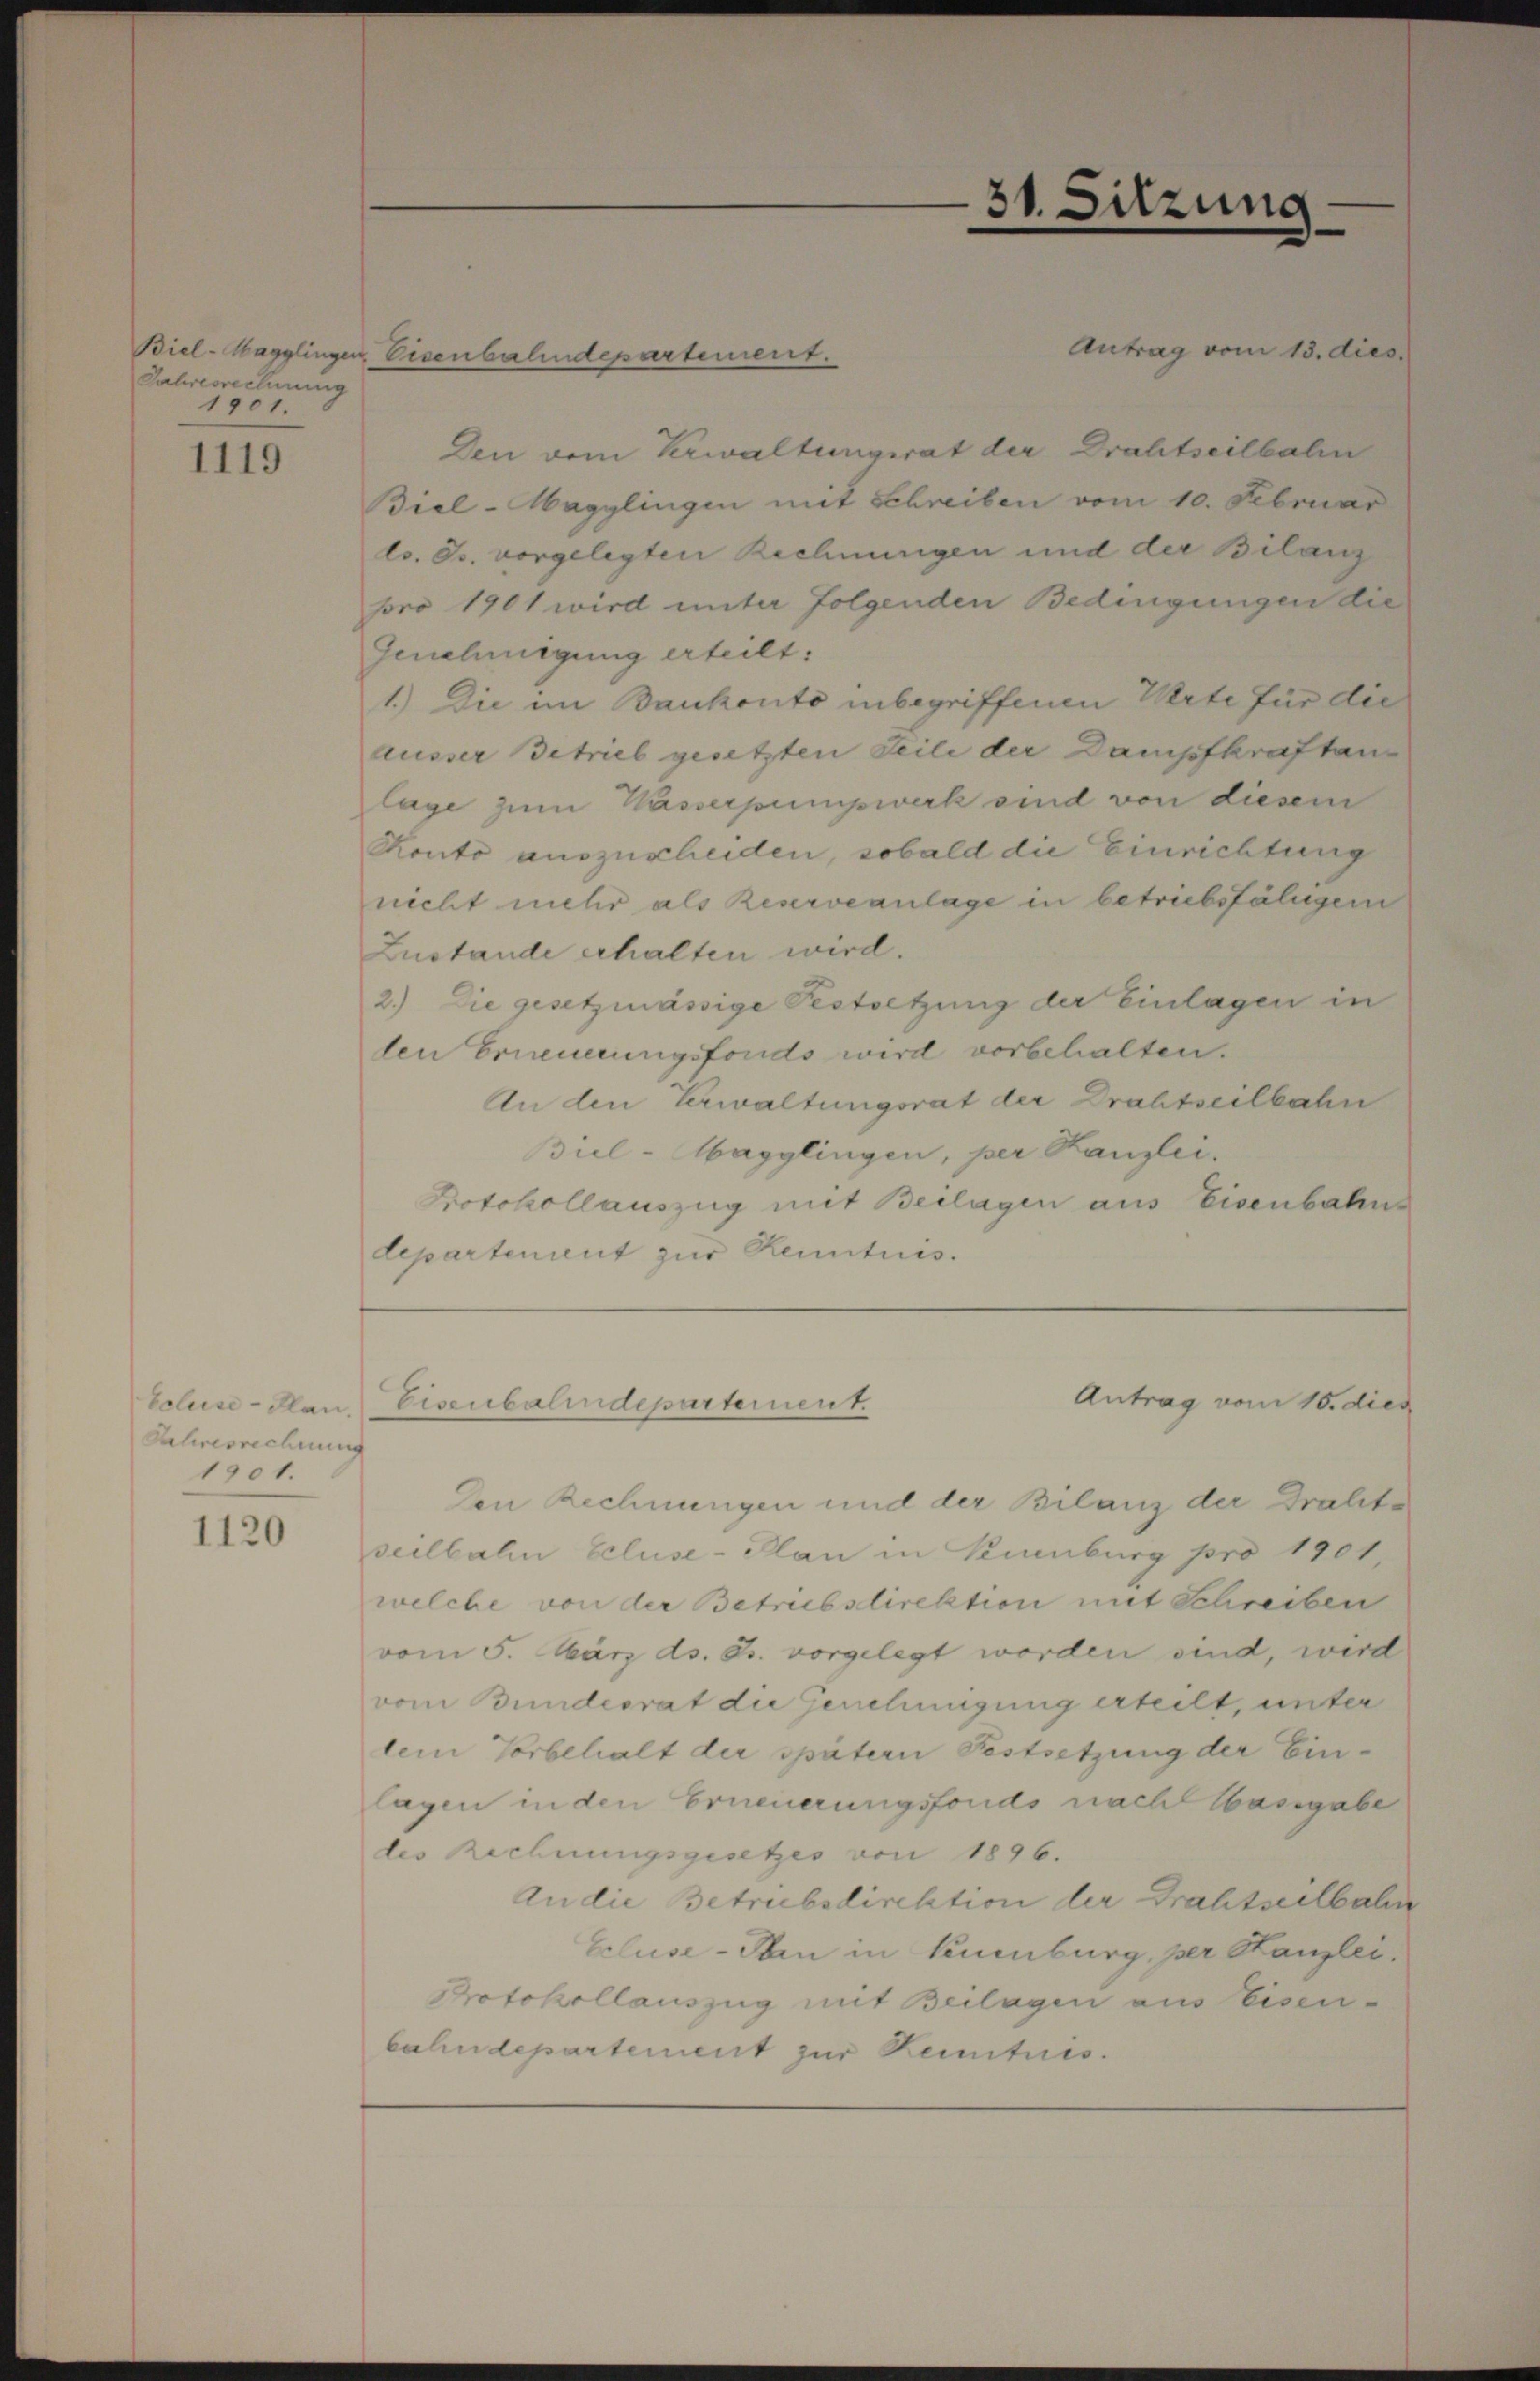
Jahresrechnung
1901.

1119

Ecluse-Plan.
Jahresrechnung
1901.

1120

Biel-Magglingen Eisenbahndepartement.
Den dem Verwaltungsrat der Drahtseilbahn
Biel-Magglingen mit Schreiben vom 10. Februar
l. Js. vorgelegten Rechnungen und der Bilanz
pro 1901 wird unter folgenden Bedingungen die
Genehmigung erteilt:
1.) Die im Bankonto inbegriffenen Werte für die
ausser Betrieb gesetzten Teile der Dampfkraftanlage zum Wasserpumpwerk sind von diesem
Konto auszuscheiden, sobald die Einrichtung
nicht mehr als Reserveanlage in betriebsfähigem
Zustande erhalten wird.
2.) Die gesetzmässige Festsetzung der Einlagen in
den Erneuerungsfonds wird vorbehalten.
An den Verwaltungsrat der Drahtseilbahn
Biel-Magglingen, per Kanzlei.
Protokollauszug mit Beilagen aus Eisenbahns
departement zur Kenntnis.

Eisenbalindepartement.

31.

sitzung

Antrag vom 13. dies

Den Rechnungen und der Bilanz der Drahte
seilbahn Cluse-Plan in Neuenburg pro 1901.
welche von der Betriebsdirektion mit Schreiben
vom 5. März ds. B. vorgelegt worden sind, wird
vom Bundesrat die Genehmigung erteilt, unter
lein Vorbehalt der spätern Festsetzung der Einlagen in den Erneuerungsfonds nach Massgabe
des Rechnungsgesetzes von 1896.
An die Betrubsdirektion der Drahtseilbal
Cluse - den in Kuenburg, per Kanzlei.
Protokollauszug mit Beilagen aus Eisen-
bahndepartement zur Kenntnis.

Antrag vom 16. dies